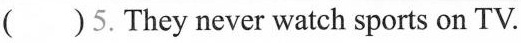
( ) 5. They never watch sports on TV.